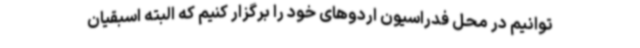
توانیم در محل فدراسیون اردوهای خود را برگزار کنیم که البته اسبقیان